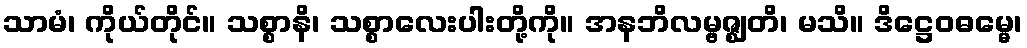
သာမံ၊ ကိုယ်တိုင်။ သစ္စာနိ၊ သစ္စာလေးပါးတို့ကို။ အနဘိလမ္ဗဇ္ဈတိ၊ မသိ။ ဒိဋ္ဌေဝဓမ္မေ၊